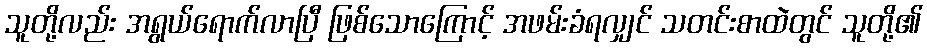
သူတို့လည်း အရွယ်ရောက်လာပြီ ဖြစ်သောကြောင့် အဖမ်းခံရလျှင် သတင်းစာထဲတွင် သူတို့၏